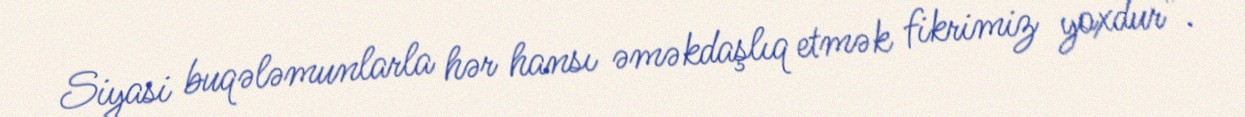
Siyasi buqələmunlarla hər hansı əməkdaşlıq etmək fikrimiz yoxdur”.